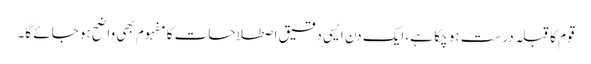
قوم کا قبلہ درست ہو چکا ہے، ایک دن ایسی دقیق اصطلاحات کا مفہوم بھی واضح ہو جائے گا۔